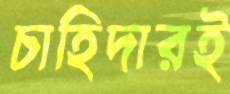
চাহিদারই